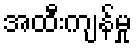
အထီးကျန်မှု